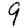
Digit: 9